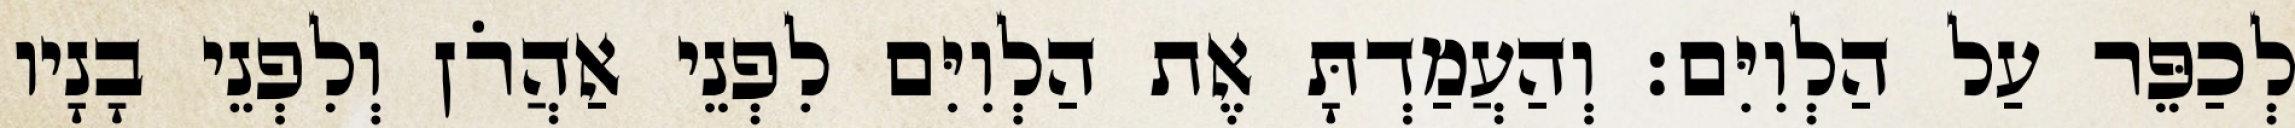
לְכַפֵּר עַל הַלְוִיִּם׃ וְהַעֲמַדְתָּ אֶת הַלְוִיִּם לִפְנֵי אַהֲרֹן וְלִפְנֵי בָנָיו